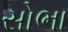
સોભા